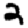
Digit: 2